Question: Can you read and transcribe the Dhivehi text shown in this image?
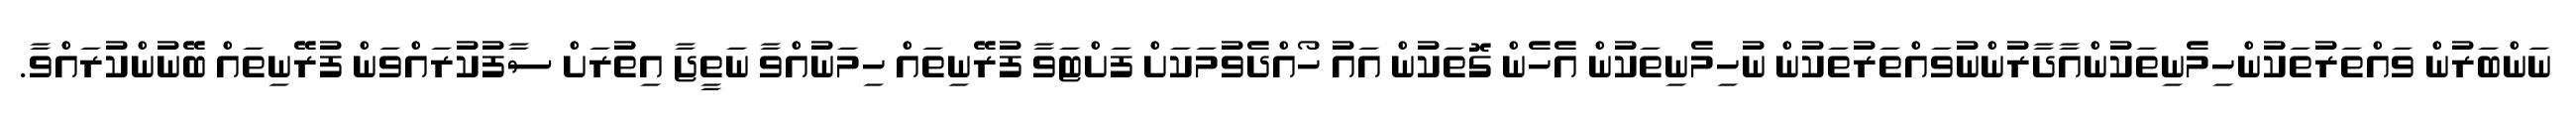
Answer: ނަންބަރުން ވައްތަރުތަކުންހިމެނިތަކުންއާދާރުންނުވައްތަރުތަކުން ނުހިމެނިތަކުން އެހެން ގޮތަކުން އައު ހޯއްދެވުމަކަށް ފަށްޓަވާ ފުރޭނިތައް ހިމަނުއްވާ ނަތީޖާ އިތުރަށް ސާފުކުރައްވަން ފުރޭނިތައް ބޭނުންކުރައްވާ.